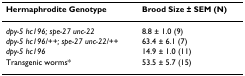
| Hermaphrodite Genotype | Brood Size ± SEM (N) |
 | --- | --- |
 | dpy-5 hc196; spe-27 unc-22 | 8.8 ± 1.0 (9) |
 | dpy-5 hc196/++; spe-27 unc-22/++ | 63.4 ± 6.1 (7) |
 | dpy-5 hc196 | 14.9 ± 1.0 (11) |
 | Transgenic worms* | 53.5 ± 5.7 (15) |